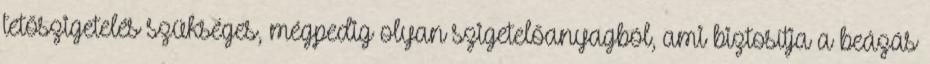
tetőszigetelés szükséges, mégpedig olyan szigetelőanyagból, ami biztosítja a beázás